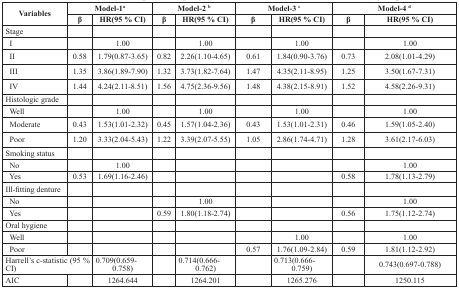
<table><thead><tr><td rowspan="2"><b>Variables</b></td><td colspan="2"><b>Model-1<sup>a</sup></b></td><td colspan="2"><b>Model-2 <sup>b</sup></b></td><td colspan="2"><b>Model-3 <sup>c</sup></b></td><td colspan="2"><b>Model-4 <sup>d</sup></b></td></tr><tr><td><b>β</b></td><td><b>HR(95 % CI)</b></td><td><b>β</b></td><td><b>HR(95 % CI)</b></td><td><b>β</b></td><td><b>HR(95 % CI)</b></td><td><b>β</b></td><td><b>HR(95 % CI)</b></td></tr></thead><tbody><tr><td>Stage</td><td></td><td></td><td></td><td></td><td></td><td></td><td></td><td></td></tr><tr><td> I</td><td></td><td>1.00</td><td></td><td>1.00</td><td></td><td>1.00</td><td></td><td>1.00</td></tr><tr><td> II</td><td>0.58</td><td>1.79(0.87-3.65)</td><td>0.82</td><td>2.26(1.10-4.65)</td><td>0.61</td><td>1.84(0.90-3.76)</td><td>0.73</td><td>2.08(1.01-4.29)</td></tr><tr><td> III</td><td>1.35</td><td>3.86(1.89-7.90)</td><td>1.32</td><td>3.73(1.82-7.64)</td><td>1.47</td><td>4.35(2.11-8.95)</td><td>1.25</td><td>3.50(1.67-7.31)</td></tr><tr><td> IV</td><td>1.44</td><td>4.24(2.11-8.51)</td><td>1.56</td><td>4.75(2.36-9.56)</td><td>1.48</td><td>4.38(2.15-8.91)</td><td>1.52</td><td>4.58(2.26-9.31)</td></tr><tr><td>Histologic grade</td><td></td><td></td><td></td><td></td><td></td><td></td><td></td><td></td></tr><tr><td> Well</td><td></td><td>1.00</td><td></td><td>1.00</td><td></td><td>1.00</td><td></td><td>1.00</td></tr><tr><td> Moderate</td><td>0.43</td><td>1.53(1.01-2.32)</td><td>0.45</td><td>1.57(1.04-2.36)</td><td>0.43</td><td>1.53(1.01-2.31)</td><td>0.46</td><td>1.59(1.05-2.40)</td></tr><tr><td> Poor</td><td>1.20</td><td>3.33(2.04-5.43)</td><td>1.22</td><td>3.39(2.07-5.55)</td><td>1.05</td><td>2.86(1.74-4.71)</td><td>1.28</td><td>3.61(2.17-6.03)</td></tr><tr><td>Smoking status</td><td></td><td></td><td></td><td></td><td></td><td></td><td></td><td></td></tr><tr><td> No</td><td></td><td>1.00</td><td></td><td></td><td></td><td></td><td></td><td>1.00</td></tr><tr><td> Yes</td><td>0.53</td><td>1.69(1.16-2.46)</td><td></td><td></td><td></td><td></td><td>0.58</td><td>1.78(1.13-2.79)</td></tr><tr><td>Ill-fitting denture</td><td></td><td></td><td></td><td></td><td></td><td></td><td></td><td></td></tr><tr><td> No</td><td></td><td></td><td></td><td>1.00</td><td></td><td></td><td></td><td>1.00</td></tr><tr><td> Yes</td><td></td><td></td><td>0.59</td><td>1.80(1.18-2.74)</td><td></td><td></td><td>0.56</td><td>1.75(1.12-2.74)</td></tr><tr><td>Oral hygiene</td><td></td><td></td><td></td><td></td><td></td><td></td><td></td><td></td></tr><tr><td> Well</td><td></td><td></td><td></td><td></td><td></td><td>1.00</td><td></td><td>1.00</td></tr><tr><td> Poor</td><td></td><td></td><td></td><td></td><td>0.57</td><td>1.76(1.09-2.84)</td><td>0.59</td><td>1.81(1.12-2.92)</td></tr><tr><td colspan="2">Harrell&#x27;s c-statistic (95 % CI)</td><td>0.709(0.659-0.758)</td><td></td><td>0.714(0.666-0.762)</td><td></td><td>0.713(0.666-0.759)</td><td></td><td>0.743(0.697-0.788)</td></tr><tr><td>AIC</td><td></td><td>1264.644</td><td></td><td>1264.201</td><td></td><td>1265.276</td><td></td><td>1250.115</td></tr></tbody></table>